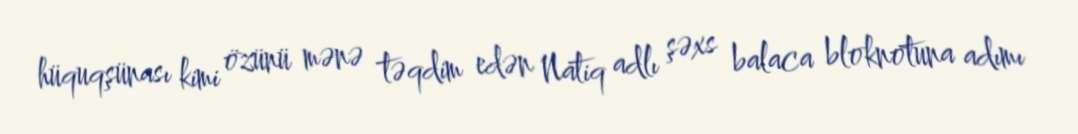
hüquqşünası kimi özünü mənə təqdim edən Natiq adlı şəxs balaca bloknotuna adımı